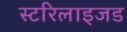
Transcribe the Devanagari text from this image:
स्टरिलाइजड